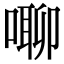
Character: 㗦